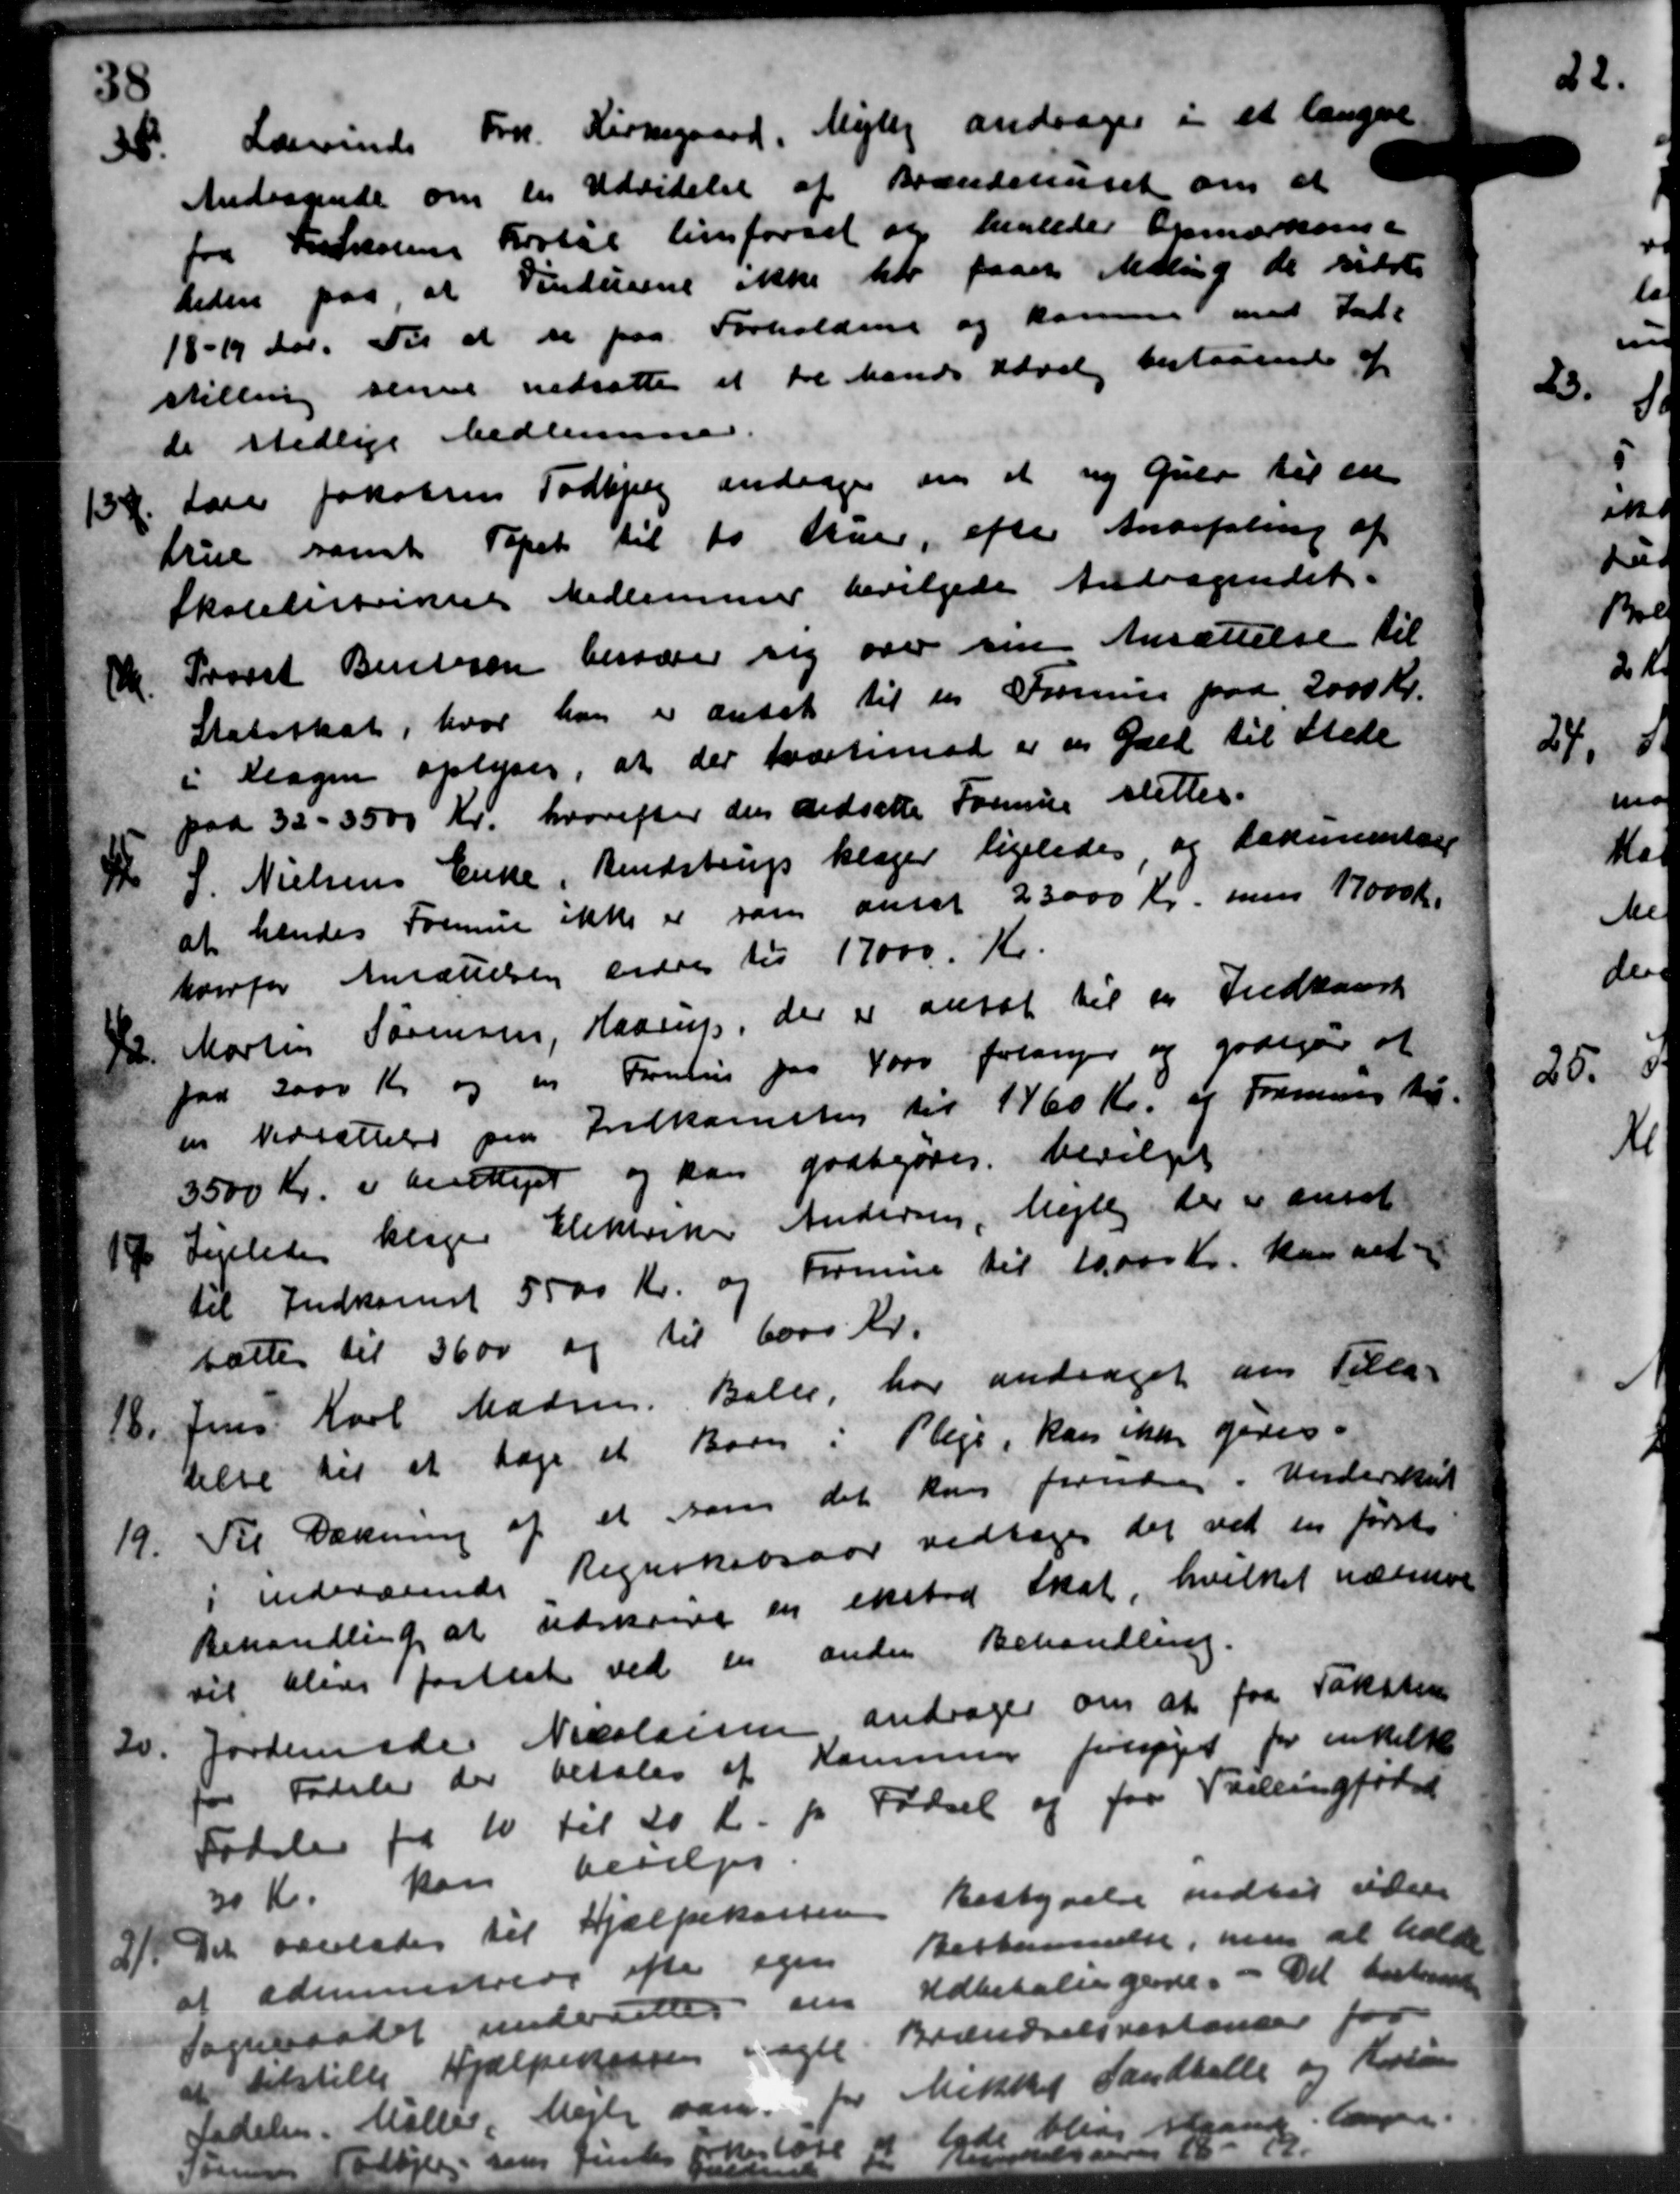
Transskription:
38.
Lærerinde Frk. Kirkegaard, Mejlby andrager i et længere
Andragende om en Udvidelse af Brændshuset om at
fra Forskolens Fortal linsførsel og henledes Opmærkese
tiden paa, at Vinduerne ikke har faaet Adling de sidste
18-19 dor. Til at er paa Forholdene og komme med Ialt
stilling senere nedsætte et tre Mands Udvalg bestaaende af
de stedlige Medlemmer.
134.
Lare Jakobsen Todbjerg andrager om at ny Gulv til en
true samt Tapet til 10 Auer, efter Anbefaling af
Skolelistrinere Medlemmer bevilgede Andragendet.
1.
Provst Bentzen besvarer sig over sin Ansættelse til
Statsskat, hvor han er ansat til en Formue paa 2000 Kr.
i Klagen oplyses, at der tværtimod er en Gæld til Stede
paa 32 -3500 Kr. hvorefter den nedsætte Formue slettes.
1 / 1
S. Nielsens Enke, Bendstrup klager ligeledes og larmenter
at hendes Formue ikke er som ansat 23000 Kr. men 17000 Kr.
hvorfor Ansættelsen endes til 17000 Kr.
4
Martin Sørensen, Haarup, der er ansat til en Indkaast
paa 2000 Kr og en Formue paa 4000 forlanger og godejer at
en Nedsættelse paa Indkomst til 1460 Kr. og Formue til-
3500 Kr. i antaget og kan godtgjøres bevilget
17
Ligeledes klager Elektorker Andersen, Mejlby der er ansat
til Indkomst 5500 Kr. og Formue til 10.000 Kr. kan ved-
sattes til 3600 og til 6000 Kr.
18.
Jens Karl Madsen, Balle, har andraget om Tilla-
delse til at tage et Barn i Pleje, kan ikke gaves.
19.
Til Dækning af et som det kun fornære i Underskrif
i indeværende Regnskabsaar vedtoges det ved en første
Behandling at udskrive en eksted Skat, hvilket nærmere
til bleve fastsat ved en anden Behandling.
20.
Jordemoder Nedslaisen andrager om at faa Taksten
for Fideler der betales af Kommunen forespøjet for enkelte
Fodslev fra 10 til 20 Kr. pr. Fødsel og faa Valleingførel
30 Kr. kan bevilges.
2/1
Det væreledes til Hjælpekassen Bestyrelse indtil viden
at administrere efter egen Bestemmelse, han at holdte
Sogneraadet underettes sin Udbetalingende. Det bestaaede
et tilstille Hjælpekassen agte Brændselsrestander for
Sadelsen Møller, Mejle var for Mikke Landballe og Kolin
4 Møjle som findes Forl aglære  lade blive irrelsen er  a
irrelsen er